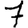
Digit: 7